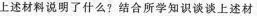
上述材料说明了什么?结合所学知识谈谈上述材